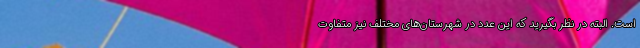
است. البته در نظر بگیرید که این عدد در شهرستان‌های مختلف نیز متفاوت